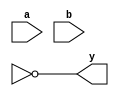
module bad_implicit_wire (
	input		a,
	input		b,
	output	y
	);
	
	wire n0;
	
	assign y  = ~n0;	
	assign n0_misspelled = a & b;	// meant n0 but misspelled it!!!
	
endmodule